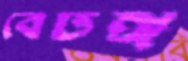
বেঢঙ্গ